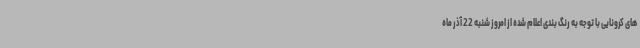
های کرونایی با توجه به رنگ بندی اعلام شده از امروز شنبه 22 آذر ماه